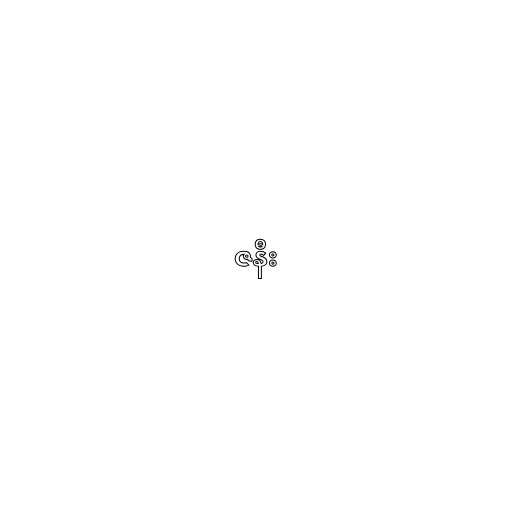
ဇနီး